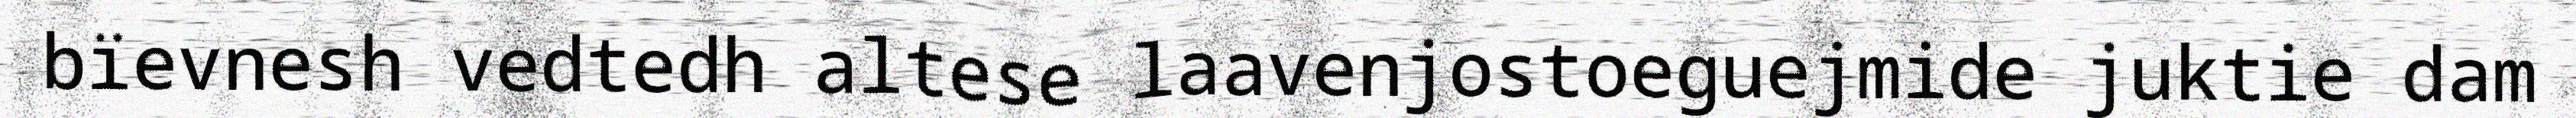
bïevnesh vedtedh altese laavenjostoeguejmide juktie dam